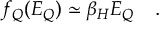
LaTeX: f _ { Q } ( E _ { Q } ) \simeq \beta _ { H } E _ { Q } ~ ~ ~ .